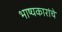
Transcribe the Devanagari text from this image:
भाष्यकारांचे